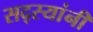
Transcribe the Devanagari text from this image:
सद्स्यांनी